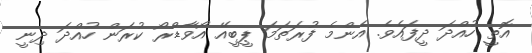
އޮތީ ހުއްދަ ދީފައެވެ. އެންމެ ފުރަތަމަ ޕީބީއޭ އޯވާޑްރޯ ކުރަން ހުއްދަ ދިނީ